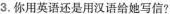
3.你用英语还是用汉语给她写信?